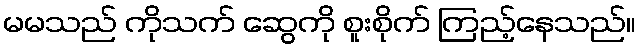
မမသည် ကိုသက် ဆွေကို စူးစိုက် ကြည့်နေသည်။